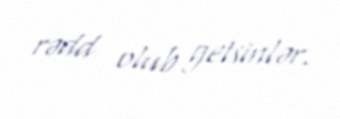
rədd olub getsinlər.